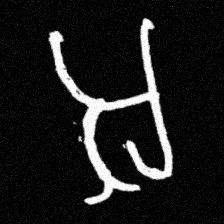
Pyu character \u2014 Myanmar letter: အ (romanized: a)